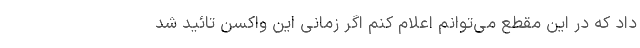
داد که در این مقطع می‌توانم اعلام کنم اگر زمانی این واکسن تائید شد